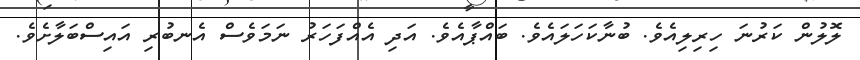
ލޮލުން ކަރުނަ ހިރިލިއެވެ. ބުނާކަހަލައެވެ. ބައްޕާއެވެ. އަދި އެއްފަހަރު ނަމަވެސް އެނބުރި އައިސްބަލާށެވެ.